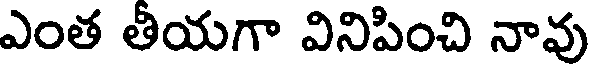
ఎంత తీయగా వినిపించి నావు